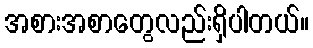
အစားအစာတွေလည်းရှိပါတယ်။